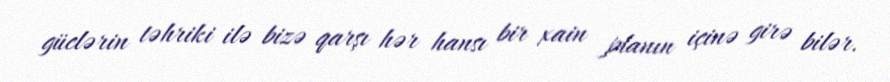
güclərin təhriki ilə bizə qarşı hər hansı bir xain planın içinə girə bilər.